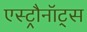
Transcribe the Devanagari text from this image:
एस्ट्रौनॉट्स